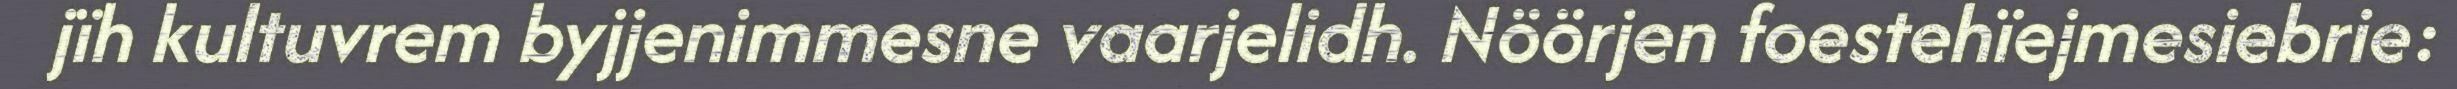
jïh kultuvrem byjjenimmesne vaarjelidh. Nöörjen foestehïejmesiebrie: